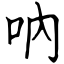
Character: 吶